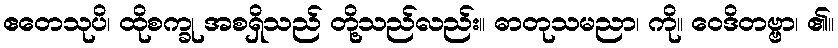
ဧတေသုပိ၊ ထိုစက္ခု အစရှိသည် တို့သည်လည်း။ ဓာတုသမညာ၊ ကို။ ဝေဒိတဗ္ဗာ၊ ၏။